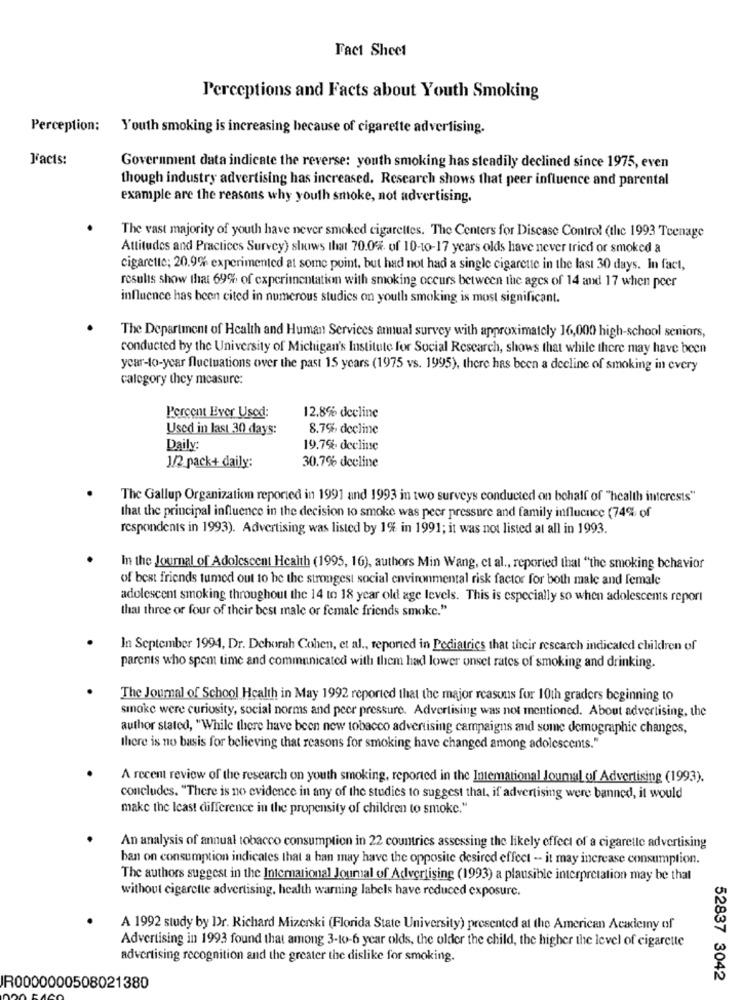
Fact Sheet
Perceptions and Facts about Youth Smoking
Perception:
Youth smoking is increasing because of cigarette advertising.
Facts:
Government data indicate the reverse: youth smoking has steadily declined since 1975, even
though industry advertising has increased. Research shows that peer influence and parental
example are the reasons why youth smoke, not advertising.
The vast majority of youth have never smoked cigarettes. The Centers for Disease Control (the 1993 Teenage
Attitudes and Practices Survey) shows that 70.0% of 10-10-17 years olds have never tried or smoked a
cigarette; 20.9% experimented at some point, but had not had a single cigarette in the last 30 days. In fact,
results show that 69% of experimentation with smoking occurs between the ages of 14 and 17 when peer
influence has been cited in numerous studies on youth smoking is most significant.
The Department of Health and Human Services anual survey with approximately 16,000 high-school seniors,
conducted by the University of Michigan's Institute for Social Research, shows that while there may have been
ycar-to-year fluctuations over the past 15 years (1975 vs. 1995), there has been a decline of smoking in every
category they measure:
Percent Ever Used:
12.8% decline
Used in last 30 days:
8.7% decline
Daily:
19.7% decline
30.7% deeline
1/2 pack+ daily:
The Gallup Organization reported in 1991 and 1993 in two surveys conducted on behalf of "health interests"
that the principal influence in the decision to smoke was peer pressure and family influence (74% of
respondents in 1993). Advertising was listed by 1% in 1991; it was not listed at all in 1993.
In the Journal of Adolescent Health (1995, 16), authors Min Wang, et al ., reported that "the smoking behavior
of best friends tumed out to be the strongest social environmental risk factor for both male and female
adolescent smoking throughout the 14 to 18 year old age levels. This is especially so when adolescents report
thai three or four of their best male or female friends smoke."
In September 1994, Dr. Deborah Cohen, et al ., reported in Pediatrics that their research indicated children of
parents who spent time and communicated with them had lower onset rates of smoking and drinking.
The Journal of School Health in May 1992 reported that the major reasons for 10th graders beginning to
smoke were curiosity, social norms and peer pressure. Advertising was not mentioned. About advertising, the
author stated, "While there have been new tobacco advertising campaigns and some demographic changes,
there is no basis for believing that reasons for smoking have changed among adolescents."
A recent review of the research on youth smoking, reported in the Intemational Joumal of Advertising (1993).
concludes. "There is no evidence in any of the studies to suggest that, if advertising were banned, it would
make the least difference in the propensity of children to smoke."
An analysis of annual tobacco consumption in 22 countries assessing the likely effect of a cigaretle advertising
ban on consumption indicates that a han may have the opposite desired effect -- it may increase consumption.
The authors suggest in the International Journal of Advertising (1993) a plausible interpretation may be that
without cigarette advertising, health warning labels have reduced exposure.
A 1992 study by Dr. Richard Mizerski (Florida State University) presented at the American Academy of
Advertising in 1993 found that among 3-10-6 year olds, the older the child, the higher the level of cigarette
advertising recognition and the greater the dislike for smoking.
52837 3042
R0000000508021380